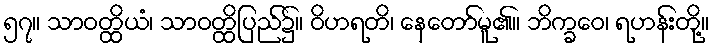
၅၇။ သာဝတ္ထိယံ၊ သာဝတ္ထိပြည်၌။ ဝိဟရတိ၊ နေတော်မူ၏။ ဘိက္ခဝေ၊ ရဟန်းတို့။